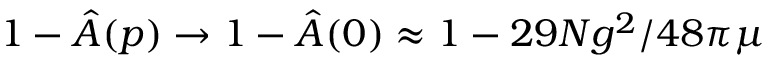
1 - \hat { A } ( p ) \rightarrow 1 - \hat { A } ( 0 ) \approx 1 - 2 9 N g ^ { 2 } / 4 8 \pi \mu